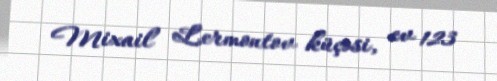
Mixail Lermontov küçəsi, ev 123